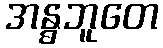
အန္ဓဘူတေ